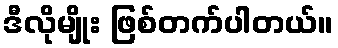
ဒီလိုမျိုး ဖြစ်တက်ပါတယ်။